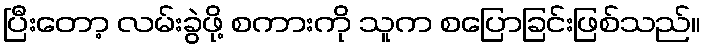
ပြီးတော့ လမ်းခွဲဖို့ စကားကို သူက စပြောခြင်းဖြစ်သည်။